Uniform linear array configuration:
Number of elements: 8
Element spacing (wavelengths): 0.75
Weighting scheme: hann
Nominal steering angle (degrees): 45
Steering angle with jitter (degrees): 43.433
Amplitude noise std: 0.05
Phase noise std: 0.05

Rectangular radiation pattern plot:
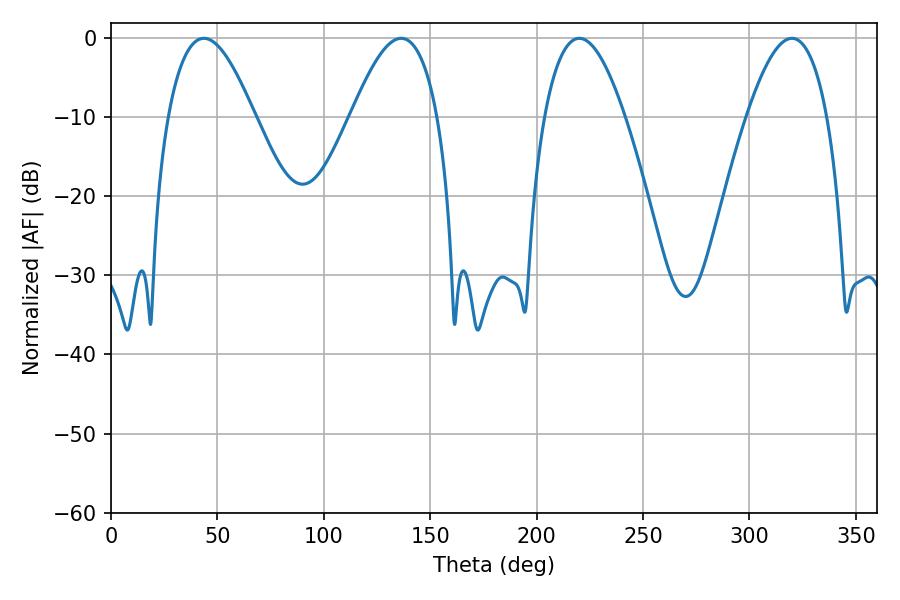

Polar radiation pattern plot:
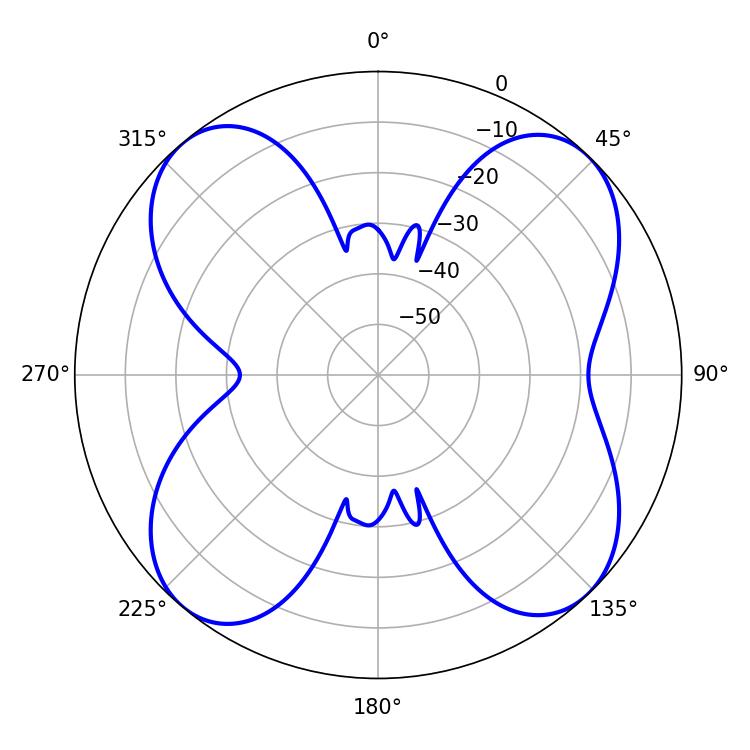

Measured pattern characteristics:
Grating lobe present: TRUE
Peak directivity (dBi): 13.463
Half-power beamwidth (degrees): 22.14
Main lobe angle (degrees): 43.56